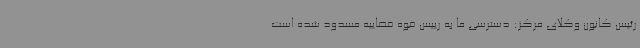
رئیس کانون وکلای مرکز: دسترسی ما به رییس قوه قضاییه مسدود شده است